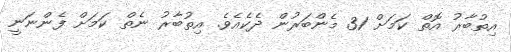
އިތުބާރު އޮތް ކަމަށް 31 މެންބަރުން ދެކެއެވެ. އިތުބާރު ނެތް ކަމަށް ފެންނަނީ